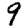
Digit: 9